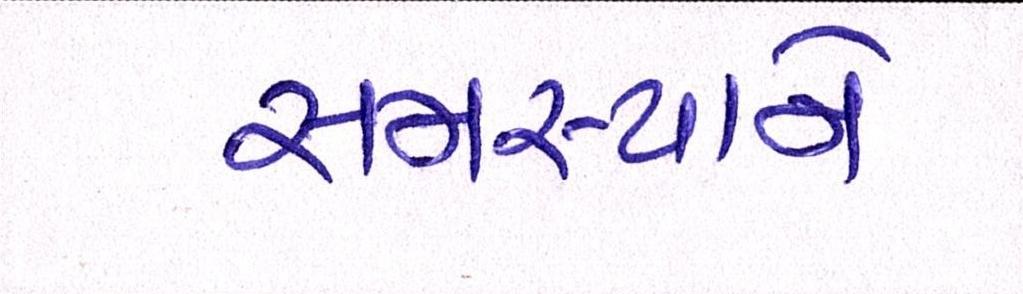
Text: સમસ્યાને